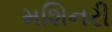
મશિનરી